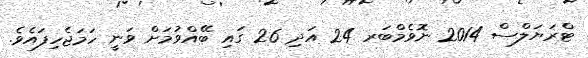
ޓްރަޔަލްސް 2014 ނޮވެމްބަރ 24 އަދި 26 ގައި ބޭއްވުމަށް ވަނީ ހަމަޖެހިފައެވެ.